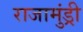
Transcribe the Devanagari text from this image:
राजामुंड्री